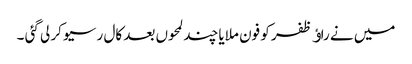
میں نے راﺅ ظفر کو فون ملایا چند لمحوں بعد کال رسیو کر لی گئی ۔